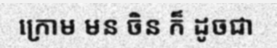
ក្រោម មន ចិន ក៏ ដូចជា